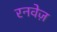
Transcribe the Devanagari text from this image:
रनवेज़